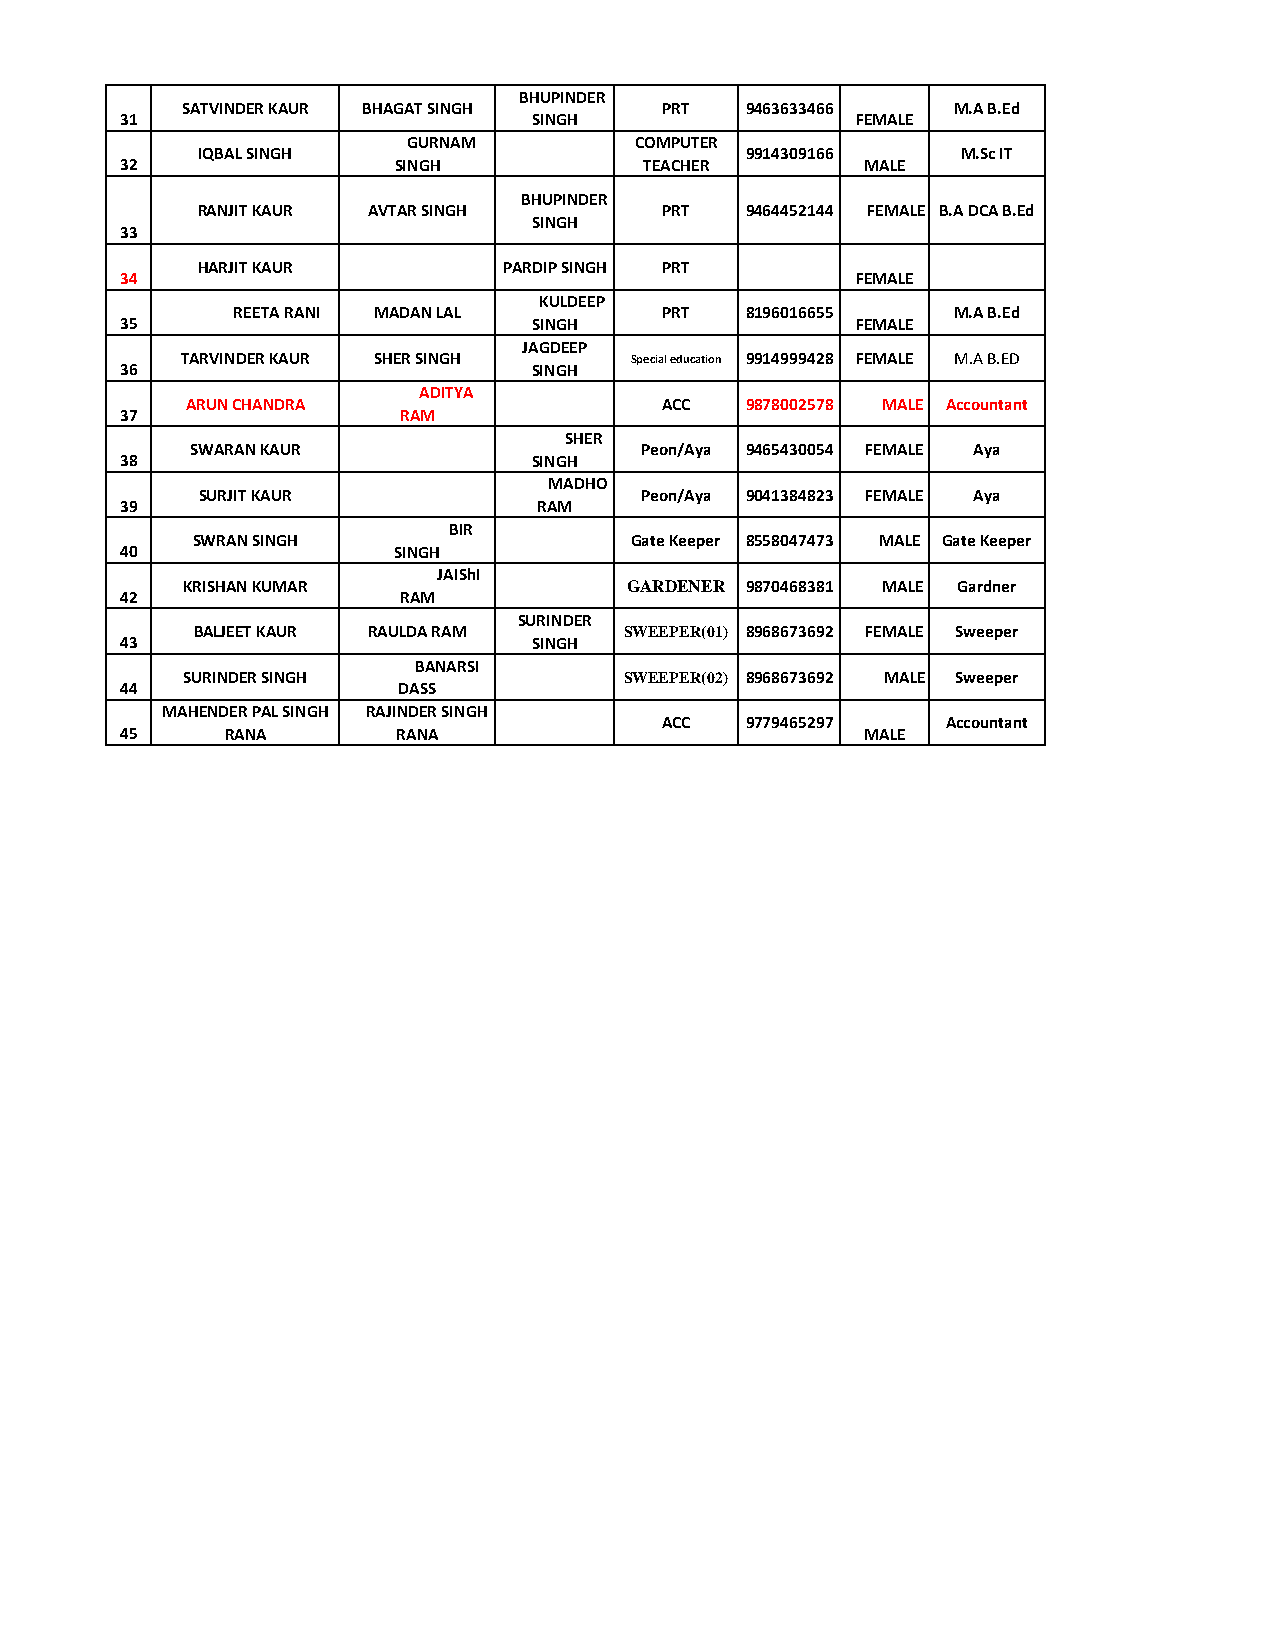
BHUPINDER
 SATVINDER KAUR BHAGAT SINGH     PRT  9463633466    M.A B.Ed
 31                         SINGH                 FEMALE
 GURNAM         COMPUTER
 IQBAL SINGH                         9914309166     M.Sc IT
 32                SINGH            TEACHER       MALE
 BHUPINDER
 RANJIT KAUR AVTAR SINGH        PRT  9464452144 FEMALE B.A DCA B.Ed
 SINGH
 33
 HARJIT KAUR         PARDIP SINGH PRT
 34                                               FEMALE
 KULDEEP
 REETA RANI MADAN LAL        PRT  8196016655    M.A B.Ed
 35                         SINGH                 FEMALE
 JAGDEEP
 TARVINDER KAUR SHER SINGH     Special education 9914999428 FEMALE M.A B.ED
 36                         SINGH
 ADITYA
 ARUN CHANDRA                    ACC  9878002578 MALE Accountant
 37                RAM
 SHER
 SWARAN KAUR                  Peon/Aya 9465430054 FEMALE Aya
 38                         SINGH
 MADHO
 SURJIT KAUR                  Peon/Aya 9041384823 FEMALE Aya
 39                          RAM
 BIR
 SWRAN SINGH                  Gate Keeper 8558047473 MALE Gate Keeper
 40                SINGH
 JAIShI
 KRISHAN KUMAR                GARDENER 9870468381 MALE Gardner
 42                RAM
 SURINDER
 BALJEET KAUR RAULDA RAM     SWEEPER(01) 8968673692 FEMALE Sweeper
 43                         SINGH
 BANARSI
 SURINDER SINGH               SWEEPER(02) 8968673692 MALE Sweeper
 44                DASS
 MAHENDER PAL SINGH RAJINDER SINGH
 ACC  9779465297    Accountant
 45     RANA       RANA                           MALE